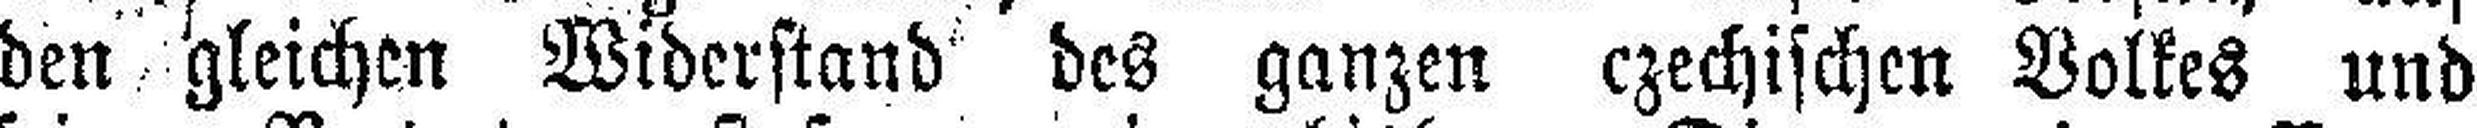
den gleichen Widerstand des ganzen czechischen Volkes und